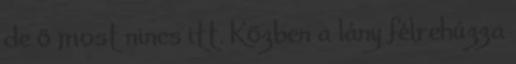
de ő most nincs itt. Közben a lány félrehúzza